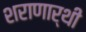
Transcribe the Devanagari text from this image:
शराणार्थी